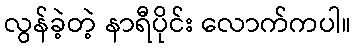
လွန်ခဲ့တဲ့ နာရီပိုင်း လောက်ကပါ။